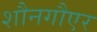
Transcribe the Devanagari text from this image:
शौनगौएर